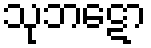
သုဘဋော